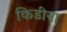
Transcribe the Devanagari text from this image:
किडींना